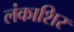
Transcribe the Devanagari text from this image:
लंकाशिर